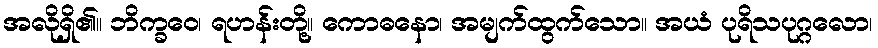
အလိုရှိ၏။ ဘိက္ခဝေ၊ ရဟန်းတို့။ ကောဓနော၊ အမျက်ထွက်သော။ အယံ ပုရိသပုဂ္ဂလော၊